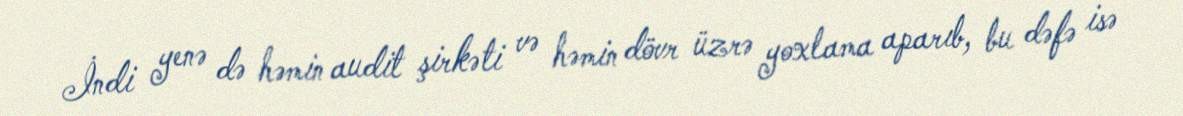
İndi yenə də həmin audit şirkəti və həmin dövr üzrə yoxlama aparıb, bu dəfə isə